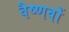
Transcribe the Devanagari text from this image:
वैष्‍णवों